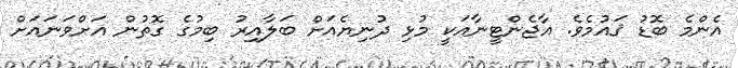
އެންމެ ބޮޑު ޤައުމެވެ. އާޖެންޓީނާއަކީ މުޅި ދުނިޔެއަށް ބަލާއިރު ބިމުގެ ގޮތުން އަށްވަނައަށް